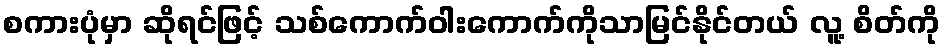
စကားပုံမှာ ဆိုရင်ဖြင့် သစ်ကောက်ဝါးကောက်ကိုသာမြင်နိုင်တယ် လူ့ စိတ်ကို